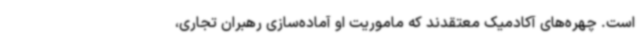
است. چهره‌های آکادمیک معتقدند که ماموریت او آماده‌سازی رهبران تجاری،